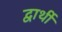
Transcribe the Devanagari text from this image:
द्वार्थी